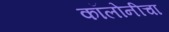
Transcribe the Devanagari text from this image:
कॉलोनीचा